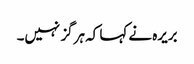
بریرہ نے کہا کہ ہرگز نہیں۔